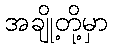
အချို့တို့မှာ